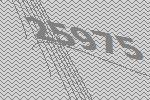
25975